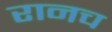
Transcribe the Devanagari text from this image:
रानच